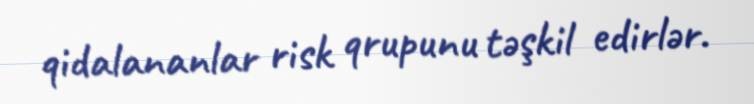
qidalananlar risk qrupunu təşkil edirlər.